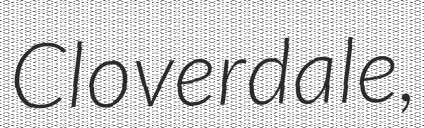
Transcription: Cloverdale,